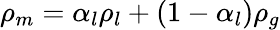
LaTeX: \rho_{m}=\alpha_{l}\rho_{l}+(1-\alpha_{l})\rho_{g}